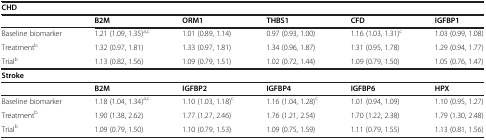
| <COLSPAN=6> CHD |
 |  | B2M | ORM1 | THBS1 | CFD | IGFBP1 |
 | --- | --- | --- | --- | --- | --- |
 | Baseline biomarker | 1.21 (1.09, 1.35)a,c | 1.01 (0.89, 1.14) | 0.97 (0.93, 1.00) | 1.16 (1.03, 1.31)c | 1.03 (0.99, 1.08) |
 | Treatmentb | 1.32 (0.97, 1.81) | 1.33 (0.97, 1.81) | 1.34 (0.96, 1.87) | 1.31 (0.95, 1.78) | 1.29 (0.94, 1.77) |
 | Trialb | 1.13 (0.82, 1.56) | 1.09 (0.79, 1.51) | 1.02 (0.72, 1.44) | 1.09 (0.79, 1.50) | 1.05 (0.76, 1.47) |
 | <COLSPAN=6> Stroke |
 |  | B2M | IGFBP2 | IGFBP4 | IGFBP6 | HPX |
 | Baseline biomarker | 1.18 (1.04, 1.34)a,c | 1.10 (1.03, 1.18)c | 1.16 (1.04, 1.28)c | 1.01 (0.94, 1.09) | 1.10 (0.95, 1.27) |
 | Treatmentb | 1.90 (1.38, 2.62) | 1.77 (1.27, 2.46) | 1.76 (1.21, 2.54) | 1.70 (1.22, 2.38) | 1.79 (1.30, 2.48) |
 | Trialb | 1.09 (0.79, 1.50) | 1.10 (0.79, 1.53) | 1.09 (0.75, 1.59) | 1.11 (0.79, 1.55) | 1.13 (0.81, 1.56) |